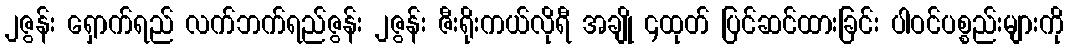
၂ဇွန်း ရှောက်ရည် လက်ဘက်ရည်ဇွန်း ၂ဇွန်း ဇီးရိုးကယ်လိုရီ အချို ၄ထုတ် ပြင်ဆင်ထားခြင်း ပါဝင်ပစ္စည်းများကို